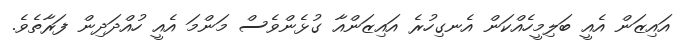
އައިޒަން އެއީ ބަލިމީހެއްކަން އެނގިހުރެ އައިޒަންއާ ގުޅެންވެސް މަންމަ އެއީ ހުއްދަދިން ފަރާތެވެ.